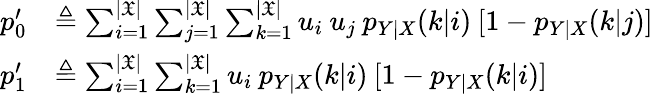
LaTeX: \begin{array}{rl}{p_{0}^{\prime}}&{\triangleq\sum_{i=1}^{|\mathfrak{X}|}\sum_{j=1}^{|\mathfrak{X}|}\sum_{k=1}^{|\mathfrak{X}|}u_{i}\: u_{j}\: p_{Y|X}(k|i)\: [1-p_{Y|X}(k|j)]}\\ {p_{1}^{\prime}}&{\triangleq\sum_{i=1}^{|\mathfrak{X}|}\sum_{k=1}^{|\mathfrak{X}|}u_{i}\: p_{Y|X}(k|i)\: [1-p_{Y|X}(k|i)]}\end{array}